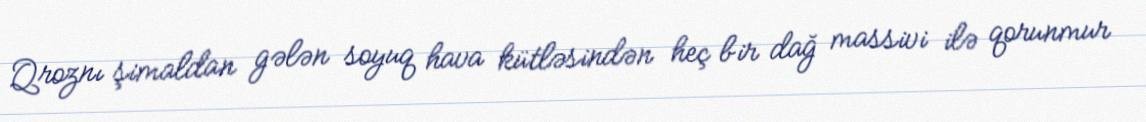
Qroznı şimaldan gələn soyuq hava kütləsindən heç bir dağ massivi ilə qorunmur